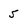
Character: 5